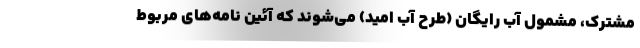
مشترک، مشمول آب رایگان (طرح آب امید) می‌شوند که آئین نامه‌های مربوط